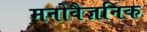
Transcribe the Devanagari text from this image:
मनोवैज्ञनिक